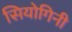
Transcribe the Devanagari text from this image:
सियोगिनी